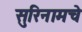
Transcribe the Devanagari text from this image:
सुरिनामचे